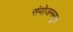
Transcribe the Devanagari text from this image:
संयोजनसूत्र